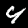
Digit: 4